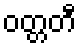
ဝတ္တတီ